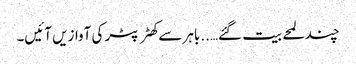
چند لمحے بیت گئے…..باہر سے کھٹر پٹر کی آوازیں آئیں۔